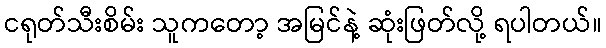
ငရုတ်သီးစိမ်း သူကတော့ အမြင်နဲ့ ဆုံးဖြတ်လို့ ရပါတယ်။